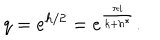
q = e ^ { h / 2 } = e ^ { \frac { \pi i } { k + h ^ { * } } } .